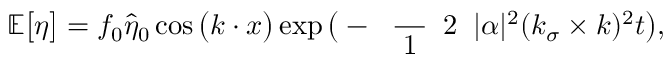
\mathbb { E } \big [ \eta \big ] = f _ { 0 } \widehat { \eta } _ { 0 } \cos \big ( \boldsymbol { k } \boldsymbol { \cdot } \boldsymbol { x } \big ) \exp \big ( - \mathrm { ~ \scriptsize ~ \frac ~ { ~ 1 ~ } ~ { ~ 2 ~ } ~ } | \alpha | ^ { 2 } ( \boldsymbol { k } _ { \sigma } \times \boldsymbol { k } ) ^ { 2 } t \big ) ,